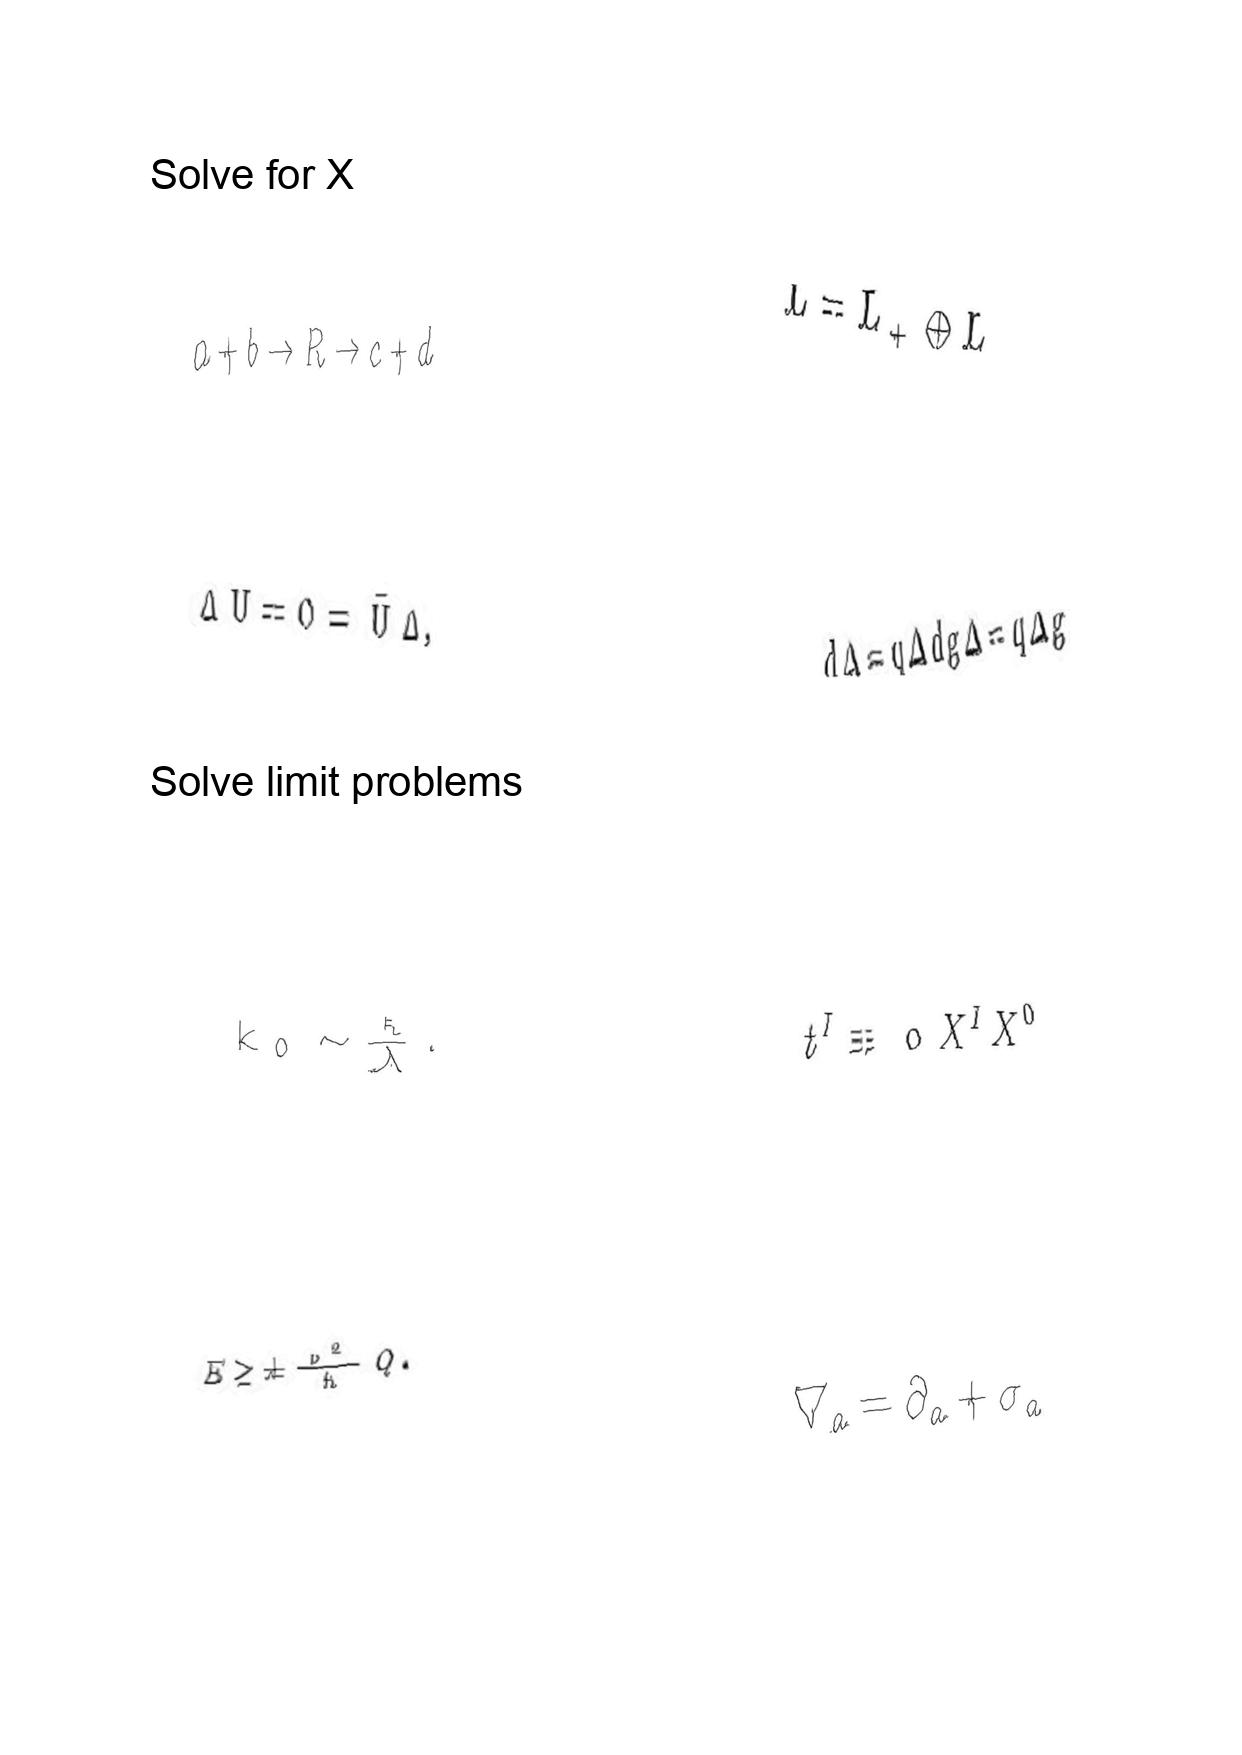
LaTeX transcription:
a + b \rightarrow R \rightarrow c + d
\bar { \Delta } U = 0 = \bar { U } \Delta ,
k _ { 0 } \sim \frac { \hbar } { \lambda } .
E \ge \pm \frac { v ^ { 2 } } { \kappa } Q .
L = L _ { + } \oplus L _ { - }
d \Delta = q \Delta d g \Delta = q \Delta g
t ^ { I } \equiv \text { \ o } X ^ { I } X ^ { 0 }
\nabla _ { a } = \partial _ { a } + \sigma _ { a }